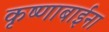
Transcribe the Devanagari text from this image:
कृष्णाबाईंना